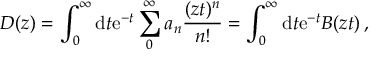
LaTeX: D ( z ) = \int _ { 0 } ^ { \infty } \mathrm { d } t \mathrm { e } ^ { - t } \sum _ { 0 } ^ { \infty } a _ { n } \frac { ( z t ) ^ { n } } { n ! } = \int _ { 0 } ^ { \infty } \mathrm { d } t \mathrm { e } ^ { - t } B ( z t ) \, ,